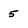
Character: 5